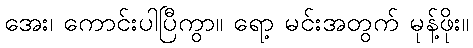
အေး၊ ကောင်းပါပြီကွာ။ ရော့ မင်းအတွက် မုန့်ဖိုး။